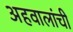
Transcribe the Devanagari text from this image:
अहवालांची